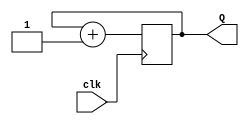
`timescale 1ns / 1ps
//////////////////////////////////////////////////////////////////////////////////
// Company: 
// Engineer: 
// 
// Design Name: 
// Module Name: two_bit_counter
// Project Name: 
// Target Devices: 
// Tool Versions: 
// Description: 
// 
// Dependencies: 
// 
// Revision:
// Revision 0.01 - File Created
// Additional Comments:
// 
//////////////////////////////////////////////////////////////////////////////////


module two_bit_counter(
    input clk, //slow clock
    output [1:0] Q
    );
    
    reg [1:0] temp=0;
    always @ (posedge clk)
    begin
    temp = temp +1;
    end
    assign Q =temp;
    
endmodule